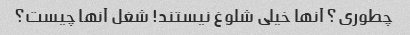
چطوری؟ آنها خیلی شلوغ نیستند! شغل آنها چیست؟